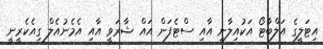
އިޓަލީގެ އަލްބާޓޯ އަކުއިލާނީ އާއި ސްޓެފަން އައް ޝާރަވީ އާއި އެމެނުއެލް ގިއެކެރީނީ